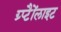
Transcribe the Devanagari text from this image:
ग्र्प्टैैोंलाइट